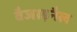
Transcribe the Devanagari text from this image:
वैजाइनैल